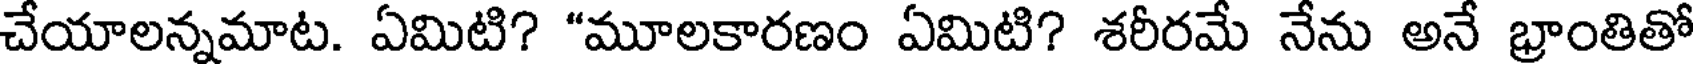
చేయాలన్నమాట. ఏమిటి? "మూలకారణం ఏమిటి? శరీరమే నేను అనే భ్రాంతితో